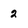
Character: 2